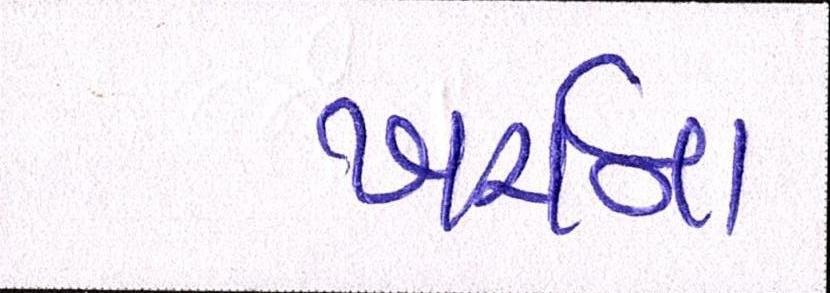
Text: ખર્ચના